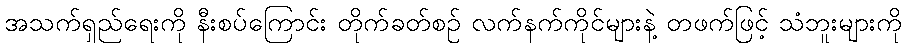
အသက်ရှည်ရေးကို နီးစပ်ကြောင်း တိုက်ခတ်စဉ် လက်နက်ကိုင်များနဲ့ တဖက်ဖြင့် သံဘူးများကို